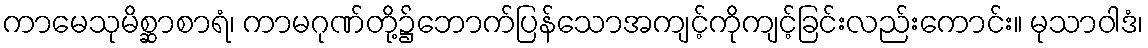
ကာမေသုမိစ္ဆာစာရံ၊ ကာမဂုဏ်တို့၌ဘောက်ပြန်သောအကျင့်ကိုကျင့်ခြင်းလည်းကောင်း။ မုသာဝါဒံ၊